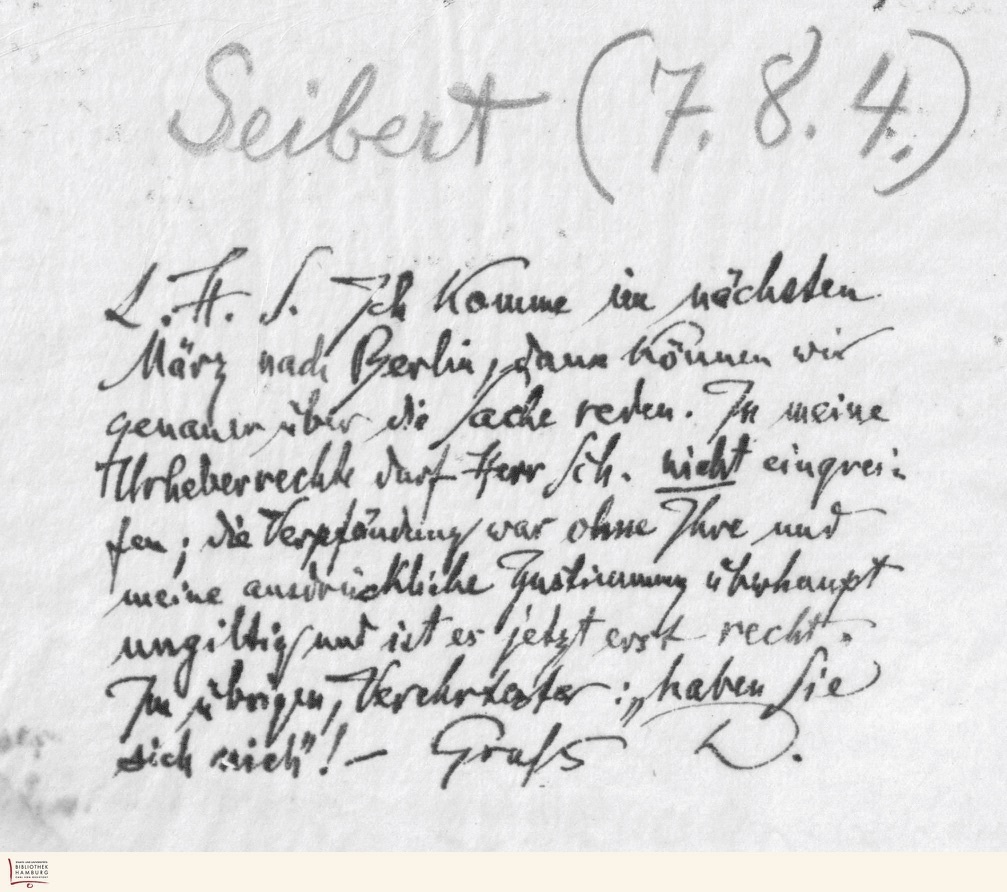
Seibert (7.8.4.)
L.H.S. Ich komme im nächsten
März nach Berlin, dann können wir
genauer über die Sache reden. In meine
Urheberrechte darf Herr Sch. nicht eingrei-
fen; die Verpfändung war ohne Ihre und
meine augenblickliche Zustimmung überhaupt
ungiltig und ist es jetzt erst recht.
Im übrigen, Verehrtester: "haben Sie sich nich"! - Gruß D.